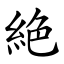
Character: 絶